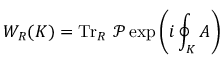
W _ { R } ( K ) = \operatorname { T r } _ { R } \, { \mathcal { P } } \exp \left( i \oint _ { K } A \right)